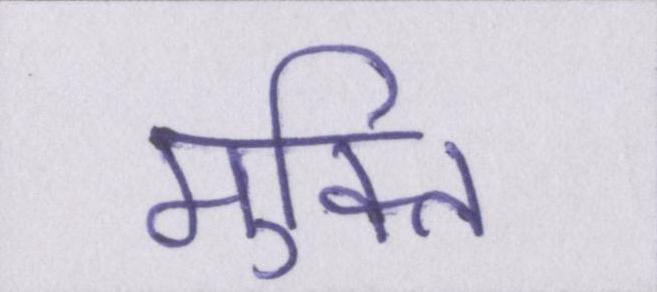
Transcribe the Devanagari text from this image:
मुक्ति